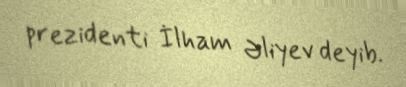
prezidenti İlham Əliyev deyib.